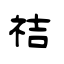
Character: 祮